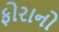
ફોરાનો